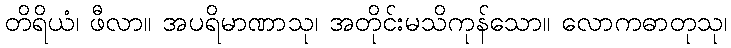
တိရိယံ၊ ဖီလာ။ အပရိမာဏာသု၊ အတိုင်းမသိကုန်သော။ လောကဓာတုသု၊